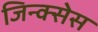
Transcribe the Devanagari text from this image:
जिन्क्सेस